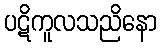
ပဋိကူလသညိနော